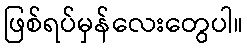
ဖြစ်ရပ်မှန်လေးတွေပါ။